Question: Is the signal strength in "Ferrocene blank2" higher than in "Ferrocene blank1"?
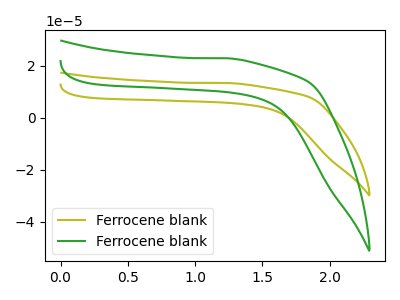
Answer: <think>The olive curve "Ferrocene blank1" has no peaks. The green curve "Ferrocene blank2" has no peaks.
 Neither "Ferrocene blank2" or "Ferrocene blank1" have any peaks.</think>
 <answer>I cant tell if "Ferrocene blank2" or "Ferrocene blank1" has more signal.</answer>
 <eval>mixed_signal</eval>